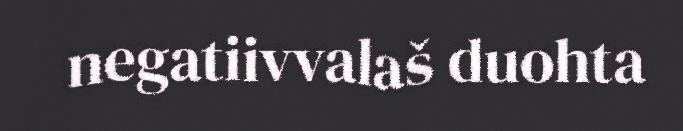
negatiivvalaš duohta